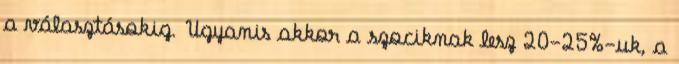
a választásokig. Ugyanis akkor a szociknak lesz 20-25%-uk, a